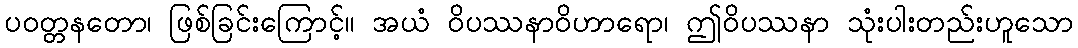
ပဝတ္တနတော၊ ဖြစ်ခြင်းကြောင့်။ အယံ ဝိပဿနာဝိဟာရော၊ ဤဝိပဿနာ သုံးပါးတည်းဟူသော